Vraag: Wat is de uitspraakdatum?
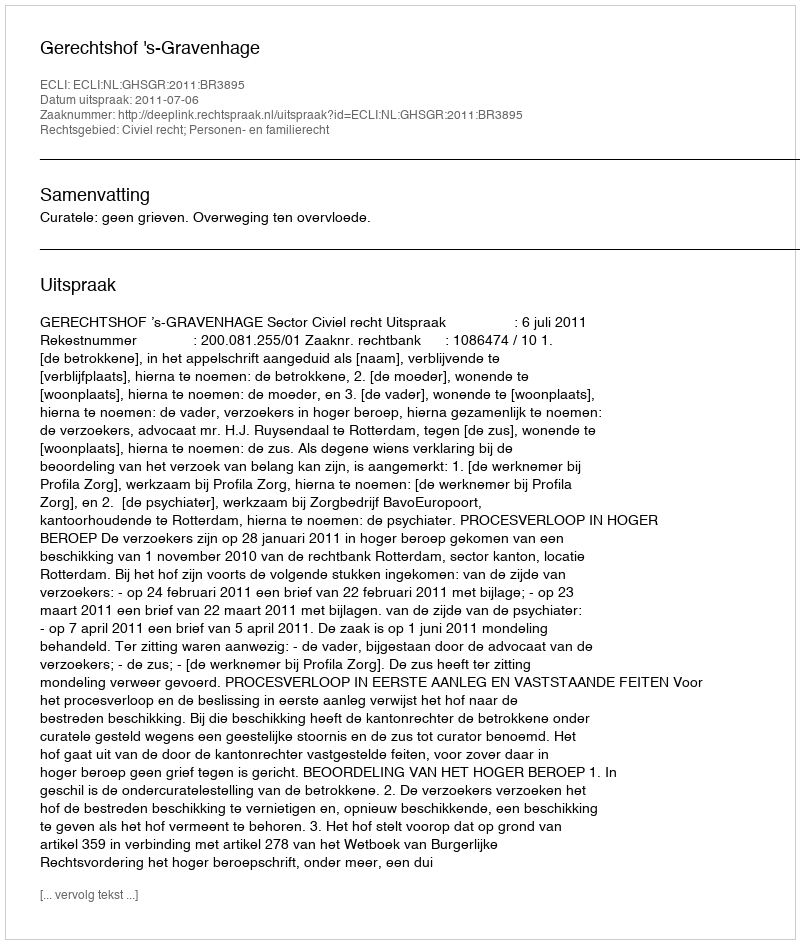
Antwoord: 2011-07-06